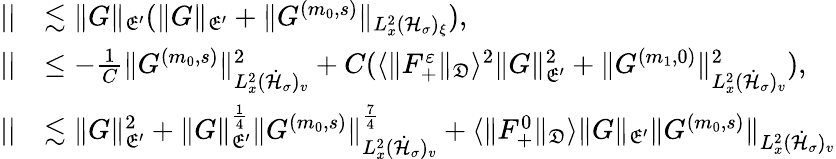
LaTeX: \begin{array}{rl}{||}&{\lesssim\| G\| _{\mathfrak E^{\prime}}(\| G\| _{\mathfrak E^{\prime}}+\| G^{(m_{0},s)}\| _{L_{x}^{2}(\mathcal H_{\sigma})_{\xi}}),}\\ {||}&{\leq-\frac{1}{C}\| G^{(m_{0},s)}\| _{L_{x}^{2}(\dot{\mathcal H}_{\sigma})_{v}}^{2}+C(\langle\| F_{+}^{\varepsilon}\| _{\mathfrak D}\rangle^{2}\| G\| _{\mathfrak E^{\prime}}^{2}+\| G^{(m_{1},0)}\| _{L_{x}^{2}(\dot{\mathcal H}_{\sigma})_{v}}^{2}),}\\ {||}&{\lesssim\| G\| _{\mathfrak E^{\prime}}^{2}+\| G\| _{\mathfrak E^{\prime}}^{\frac{1}{4}}\| G^{(m_{0},s)}\| _{L_{x}^{2}(\dot{\mathcal H}_{\sigma})_{v}}^{\frac{7}{4}}+\langle\| F_{+}^{0}\| _{\mathfrak D}\rangle\| G\| _{\mathfrak E^{\prime}}\| G^{(m_{0},s)}\| _{L_{x}^{2}(\dot{\mathcal H}_{\sigma})_{v}}}\end{array}